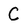
Character: C